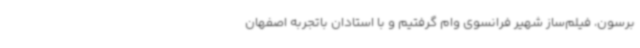
برسون، فیلم‌ساز شهیر فرانسوی وام گرفتیم و با استادان باتجربه اصفهان